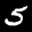
Label: 5